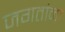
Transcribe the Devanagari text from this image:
जगतांना